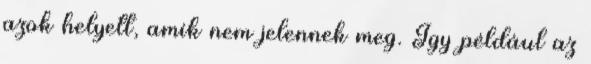
azok helyett, amik nem jelennek meg. Így például az